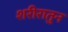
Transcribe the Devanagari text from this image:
शरीरातुन